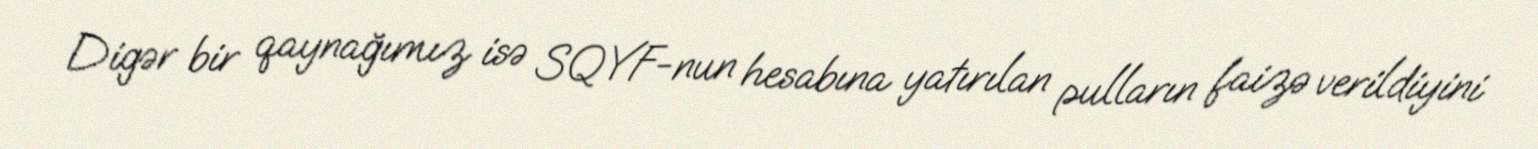
Digər bir qaynağımız isə SQYF-nun hesabına yatırılan pulların faizə verildiyini